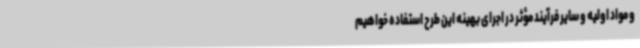
و مواد اولیه و سایر فرآیند مؤثر در اجرای بهینه این طرح استفاده خواهیم